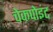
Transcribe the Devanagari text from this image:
चेकपोइंट